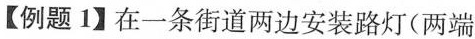
【例题1】在一条街道两边安装路灯(两端